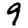
Digit: 9